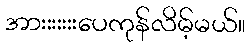
အားးးးးးးပေကုန်လိမ့်မယ်။